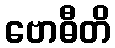
ဗောဓီတိ